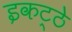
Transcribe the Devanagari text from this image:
इकट्‍ठे